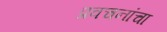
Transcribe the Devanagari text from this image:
प्रवचनांचा